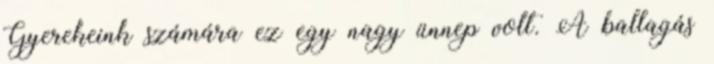
Gyerekeink számára ez egy nagy ünnep volt. A ballagás